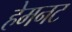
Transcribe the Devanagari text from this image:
हेमनट